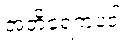
အတိရေကပဒါ